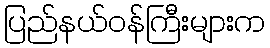
ပြည်နယ်ဝန်ကြီးများက